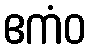
ဧကံဝ